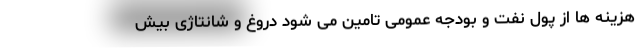
هزینه ها از پول نفت و بودجه عمومی تامین می شود دروغ و شانتاژی بیش